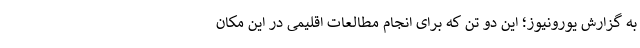
به گزارش یورونیوز؛ این دو تن که برای انجام مطالعات اقلیمی در این مکان